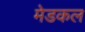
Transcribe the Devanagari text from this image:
मेडकल